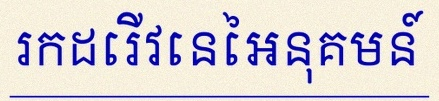
រកដេរីវេនៃអនុគមន៍